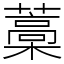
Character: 藁